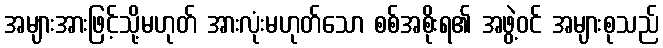
အများအားဖြင့်သို့မဟုတ် အားလုံးမဟုတ်သော စစ်အစိုးရ၏ အဖွဲ့ဝင် အများစုသည်